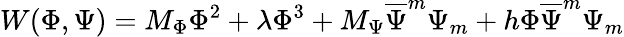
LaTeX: W(\Phi,\Psi)=M_{\Phi}\Phi^{2}+\lambda\Phi^{3}+M_{\Psi}\overline{{{\Psi}}}^{m}\Psi_{m}+h\Phi\overline{{{\Psi}}}^{m}\Psi_{m}